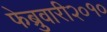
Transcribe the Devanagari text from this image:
फेब्रुवारी२०१०